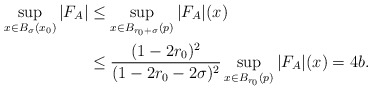
\begin{align*}\sup_{x\in B_{\sigma}(x_{0})}|F_{A}|&\leq\sup_{x\in B_{r_{0}+\sigma}(p)}|F_{A}|(x)\\&\leq\frac{(1-2r_{0})^{2}}{(1-2r_{0}-2\sigma)^{2}}\sup_{x\in B_{r_{0}}(p)}|F_{A}|(x)=4b.\\\end{align*}